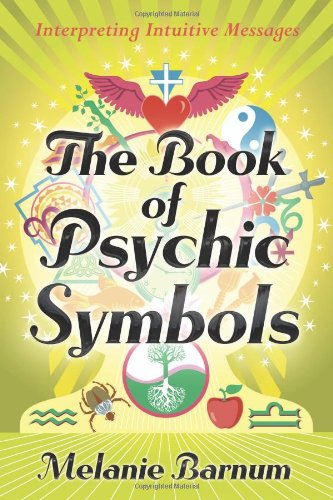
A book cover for The Book of Psychic Symbols: Interpreting Intuitive Messages; Melanie Barnum; Religion & Spirituality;